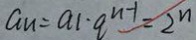
a _ { n } = a _ { 1 } \cdot q ^ { n - 1 } = 2 ^ { n }